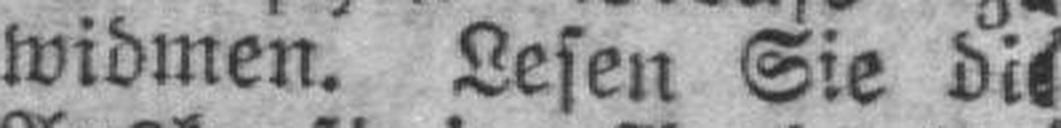
widmen. Lesen Sie die